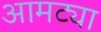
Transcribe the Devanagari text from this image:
आमट्या